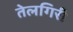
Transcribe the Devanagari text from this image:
तेलगिरी